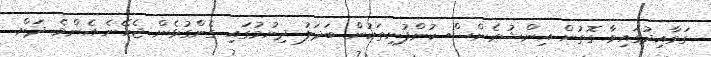
ގަވާއިދުގައިވާ ގޮތުން އިންޝުރެންސް ކުންފުނިތަކުން ބަދަލު ދިނުމުގައި ގެންގުޅެން ޖެހޭނެ އެންމެ ދަށް